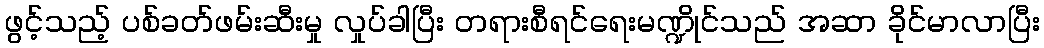
ဖွင့်သည့် ပစ်ခတ်ဖမ်းဆီးမှု လှုပ်ခါပြီး တရားစီရင်ရေးမဏ္ဍိုင်သည် အဆာ ခိုင်မာလာပြီး